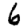
Digit: 6